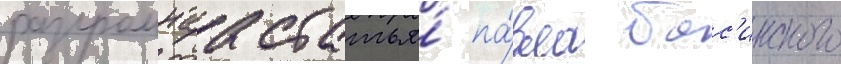
разгромнаа статья́ па́вла бас'инского